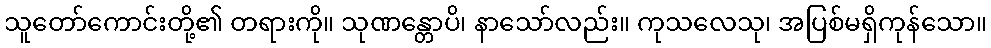
သူတော်ကောင်းတို့၏ တရားကို။ သုဏန္တောပိ၊ နာသော်လည်း။ ကုသလေသု၊ အပြစ်မရှိကုန်သော။